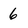
Character: 6